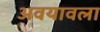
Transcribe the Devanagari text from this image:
अवयावला